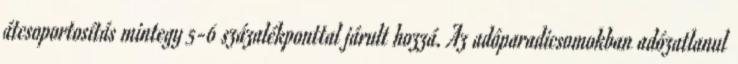
átcsoportosítás mintegy 5-6 százalékponttal járult hozzá. Az adóparadicsomokban adózatlanul